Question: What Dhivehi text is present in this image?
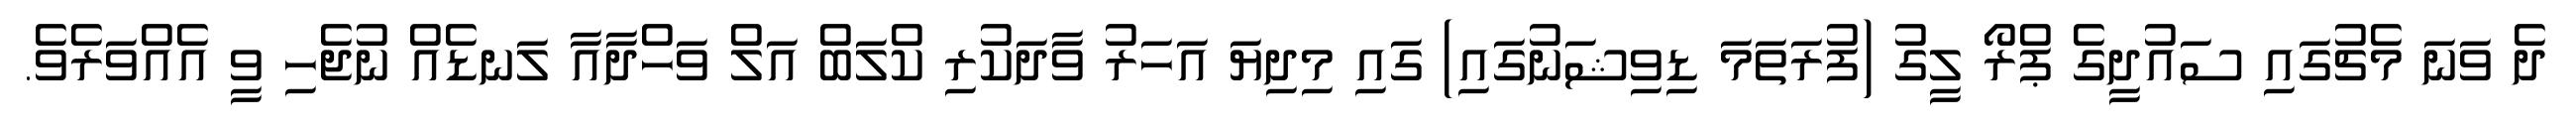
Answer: ދެ ވަނަ މެޗުގައި ސައުދީގެ ޕްރޯ ލީގު (ފުރަތަމަ ޑިވިޝަނުގައި) ގައި މިދިޔަ އަހަރު ވާދަކުރި ކްލަބް އަލް ވަހްދާއާ ލަނޑެއް ނުޖެހި ވީ އެއްވަރެވެ.